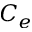
C _ { e }